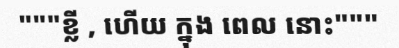
"""ខ្លី , ហើយ ក្នុង ពេល នោះ"""